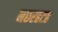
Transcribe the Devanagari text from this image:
मछरहटह